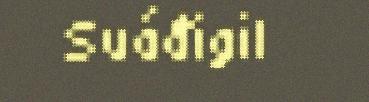
Suáđigil